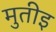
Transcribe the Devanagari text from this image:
मुतीइ